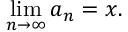
\operatorname* { l i m } _ { n \to \infty } a _ { n } = x .